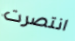
انتصرت